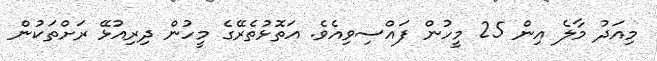
މިއަދު މާލެ އިން 25 މީހުން ފައްސިވިއެވެ. އަތޮޅުތެރޭގެ މީހުން ދިރިއުޅޭ ރަށްތަކުން